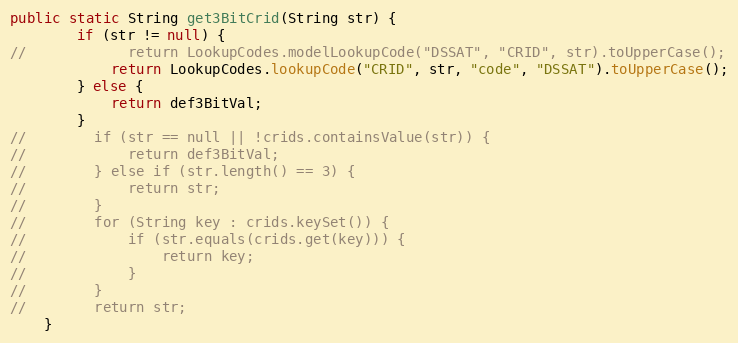
Language: Java
public static String get3BitCrid(String str) {
        if (str != null) {
//            return LookupCodes.modelLookupCode("DSSAT", "CRID", str).toUpperCase();
            return LookupCodes.lookupCode("CRID", str, "code", "DSSAT").toUpperCase();
        } else {
            return def3BitVal;
        }
//        if (str == null || !crids.containsValue(str)) {
//            return def3BitVal;
//        } else if (str.length() == 3) {
//            return str;
//        }
//        for (String key : crids.keySet()) {
//            if (str.equals(crids.get(key))) {
//                return key;
//            }
//        }
//        return str;
    }